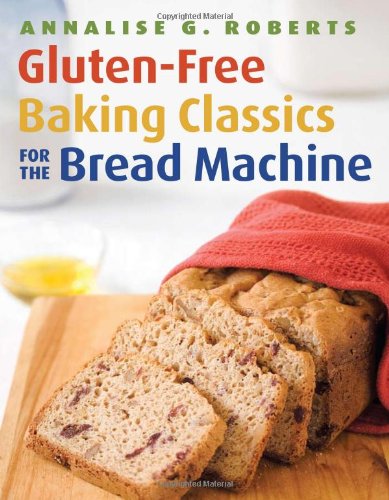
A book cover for Gluten-Free Baking Classics for the Bread Machine; Annalise G. Roberts; Cookbooks, Food & Wine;